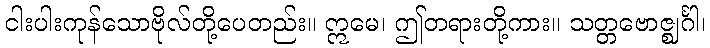
ငါးပါးကုန်သောဗိုလ်တို့ပေတည်း။ ဣမေ၊ ဤတရားတို့ကား။ သတ္တဗောဇ္ဈင်္ဂါ၊